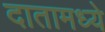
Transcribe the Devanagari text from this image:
दातामध्ये